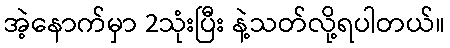
အဲ့နောက်မှာ 2သုံးပြီး နဲ့သတ်လို့ရပါတယ်။